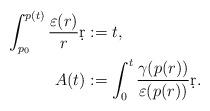
LaTeX: \begin{align*}\int_{p_0}^{p(t)} \frac{\varepsilon(r)}{r}\d r &:= t,\\A(t) &:= \int_0^t \frac{\gamma(p(r))}{\varepsilon(p(r))}\d r.\end{align*}